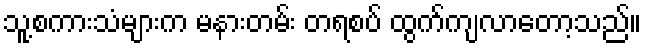
သူ့စကားသံများက မနားတမ်း တရစပ် ထွက်ကျလာတော့သည်။